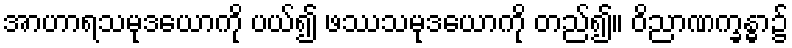
အာဟာရသမုဒယောကို ပယ်၍ ဖဿသမုဒယောကို တည်၍။ ဝိညာဏက္ခန္ဓာ၌